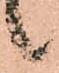
候